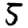
Digit: 5